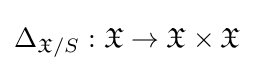
\Delta _{{\mathfrak {X}}/S}:{\mathfrak {X}}\to {\mathfrak {X}}\times {\mathfrak {X}}